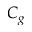
C _ { g }